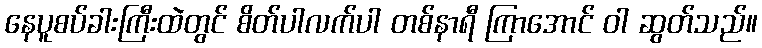
နေပူစပ်ခါးကြီးထဲတွင် စိတ်ပါလက်ပါ တစ်နာရီ ကြာအောင် ဝါ ဆွတ်သည်။